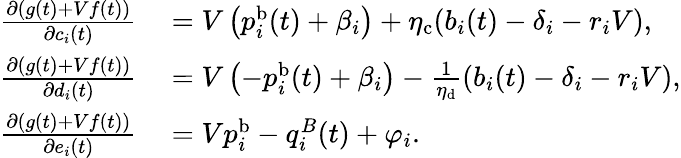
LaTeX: \begin{array}{rl}{\frac{\partial(g(t)+Vf(t))}{\partial c_{i}(t)}~}&{=V\left(p_{i}^{\mathrm{b}}(t)+\beta_{i}\right)+\eta_{\mathrm{c}}(b_{i}(t)-\delta_{i}-r_{i}V),}\\ {\frac{\partial(g(t)+Vf(t))}{\partial d_{i}(t)}~}&{=V\left(-p_{i}^{\mathrm{b}}(t)+\beta_{i}\right)-\frac{1}{\eta_{\mathrm{d}}}(b_{i}(t)-\delta_{i}-r_{i}V),}\\ {\frac{\partial(g(t)+Vf(t))}{\partial e_{i}(t)}~}&{=Vp_{i}^{\mathrm{b}}-q_{i}^{B}(t)+\varphi_{i}.}\end{array}